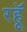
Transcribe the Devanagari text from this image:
रहॅू